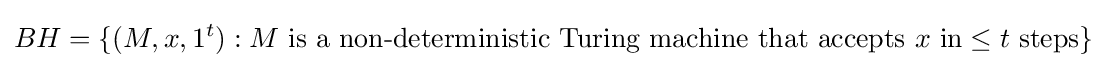
BH=\{(M,x,1^{t}):M{\text{ is a non-deterministic Turing machine that accepts }}x{\text{ in}}\leq t{\text{ steps}}\}